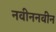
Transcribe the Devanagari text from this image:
नवीननवीन